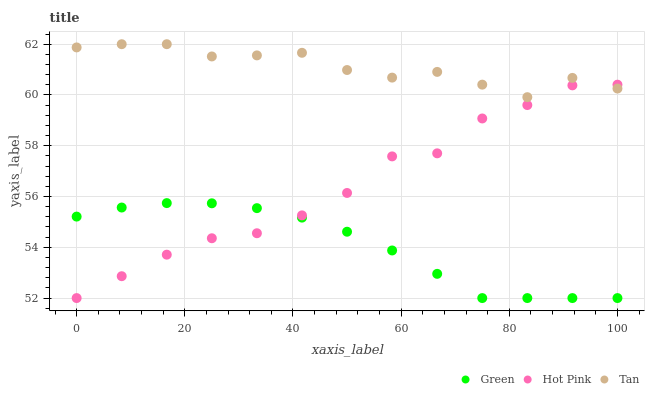
| xaxis_label | Green | Hot Pink | Tan |
 | --- | --- | --- | --- |
 | 0 | 55.2 | 52 | 61.9 |
 | 8.33 | 55.6 | 52.9 | 62 |
 | 16.7 | 55.7 | 53.7 | 62 |
 | 25 | 55.7 | 54.4 | 61.5 |
 | 33.3 | 55.5 | 54.6 | 61.6 |
 | 41.7 | 55.2 | 55.3 | 61.7 |
 | 50 | 54.6 | 56.1 | 61 |
 | 58.3 | 53.9 | 57.6 | 60.7 |
 | 66.7 | 53 | 57.7 | 60.9 |
 | 75 | 52 | 59.1 | 60.4 |
 | 83.3 | 52 | 59.6 | 59.9 |
 | 91.7 | 52 | 60.4 | 60.7 |
 | 100 | 52 | 60.4 | 60.3 |